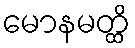
မောနမတ္ထိ